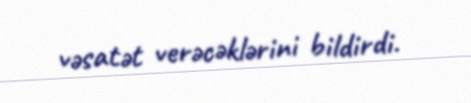
vəsatət verəcəklərini bildirdi.